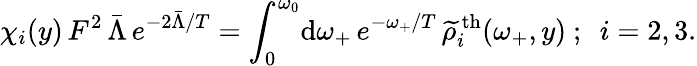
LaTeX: \chi_{i}(y)\, F^{2}\, \bar{\Lambda}\, e^{-2\bar{\Lambda}/T}=\int_{0}^{\omega_{0}}\! \mathrm{d}\omega_{+}\, e^{-\omega_{+}/T}\, \widetilde{\rho}_{i}^{\mathrm{\, th}}(\omega_{+},y)~;~~i=2,3.